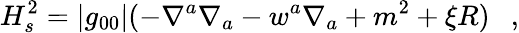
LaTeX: H_{s}^{2}=|g_{00}|(-\nabla^{a}\nabla_{a}-w^{a}\nabla_{a}+m^{2}+\xi R)~~~,